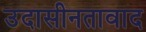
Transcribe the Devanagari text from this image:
उदासीनतावाद